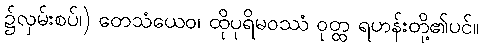
၌လှမ်းစပ်၊) တေသံယေဝ၊ ထိုပုရိမဝဿံ ဝုတ္ထ ရဟန်းတို့၏ပင်။